Scottish Leaving Certificate Examination, 1955
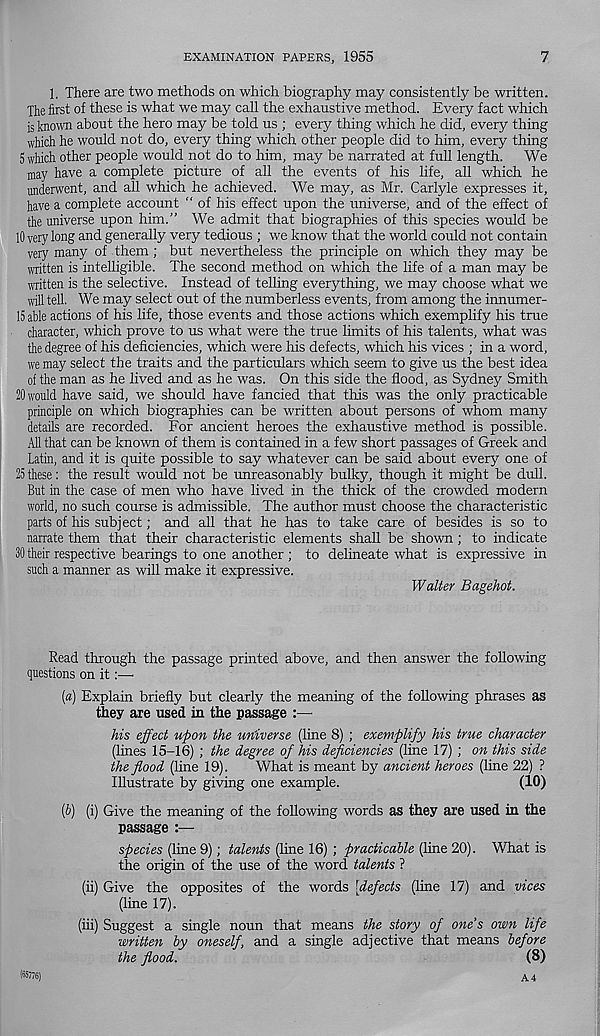
EXAMINATION PAPERS, 1955
7
1. There are two methods on which biography may consistently be written.
The first of these is what we may call the exhaustive method. Every fact which
is known about the hero may be told us ; every thing which he did, every thing
which he would not do, every thing which other people did to him, every thing
5 which other people would not do to him, may be narrated at full length. We
may have a complete picture of all the events of his life, all which he
underwent, and all which he achieved. We may, as Mr. Carlyle expresses it,
have a complete account “ of his effect upon the universe, and of the effect of
the universe upon him.” We admit that biographies of this species would be
10 very long and generally very tedious ; we know that the world could not contain
very many of them; but nevertheless the principle on which they may be
written is intelligible. The second method on which the life of a man may be
written is the selective. Instead of telling everything, we may choose what we
will tell. We may select out of the numberless events, from among the innumer-
15 able actions of his life, those events and those actions which exemplify his true
character, which prove to us what were the true limits of his talents, what was
the degree of his deficiencies, which were his defects, which his vices ; in a word,
we may select the traits and the particulars which seem to give us the best idea
of the man as he lived and as he was. On this side the flood, as Sydney Smith
20 would have said, we should have fancied that this was the only practicable
principle on which biographies can be written about persons of whom many
details are recorded. For ancient heroes the exhaustive method is possible.
All that can be known of them is contained in a few short passages of Greek and
Latin, and it is quite possible to say whatever can be said about every one of
25 these: the result would not be unreasonably bulky, though it might be dull.
But in the case of men who have lived in the thick of the crowded modern
world, no such course is admissible. The author must choose the characteristic
parts of his subject; and all that he has to take care of besides is so to
narrate them that their characteristic elements shall be shown ; to indicate
30 their respective bearings to one another ; to delineate what is expressive in
such a manner as will make it expressive.
Walter Bagehot.
Read through the passage printed above, and then answer the following
questions on it:—
{a) Explain briefly but clearly the meaning of the following phrases as
they are used in the passage
his effect upon the universe (line 8) ; exemplify his true character
(lines 15-16) ; the degree of his deficiencies (line 17) ; on this side
the flood (line 19).
What is meant by ancient heroes (line 22) ?
Illustrate by giving one example.
(10)
(&) (i) Give the meaning of the following words as they are used in the
passage
species (line 9); talents (line 16) ; practicable (line 20). What is
the origin of the use of the word talents ?
(ii) Give the opposites of the words [defects (line 17) and vices
(line 17).
(iii) Suggest a single noun that means the story of one’s own life
written by oneself, and a single adjective that means before
the flood.
(8)
(65776)
A4